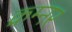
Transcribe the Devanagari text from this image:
क्रम्नर